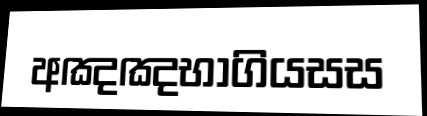
අඤඤභාගියසස